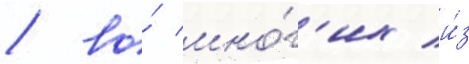
/ во́ мно́г'их и́з